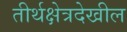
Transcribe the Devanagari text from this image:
तीर्थक्षेत्रदेखील